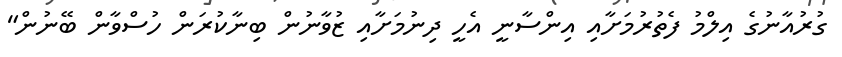
ގުރުއާނުގެ އިލްމު ފެތުރުމަށާއި އިންސާނީ އެހީ ދިނުމަށާއި ޒުވާނުން ބިނާކުރަން ހުސްވާން ބޭނުން"